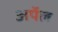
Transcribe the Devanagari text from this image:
अर्पेल